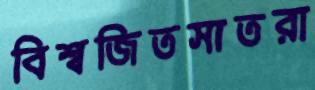
বিশ্বজিতসাতরা